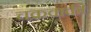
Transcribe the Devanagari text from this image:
चक्रवाकी